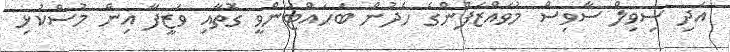
އަދި ސިވިލް ސާވިސް މުވައްޒަފުންގެ ހެދުން ބަހައްޓަންވީ ގޮތާއި ވަޒީފާ އިން މުސްކުޅި